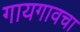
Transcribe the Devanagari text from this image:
गायगावचा